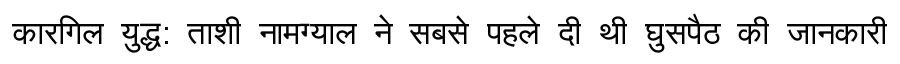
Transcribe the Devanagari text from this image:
कारगिल युद्ध: ताशी नामग्याल ने सबसे पहले दी थी घुसपैठ की जानकारी